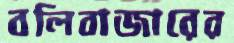
বলিবাজারের